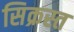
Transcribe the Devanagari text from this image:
सिक्रस्त